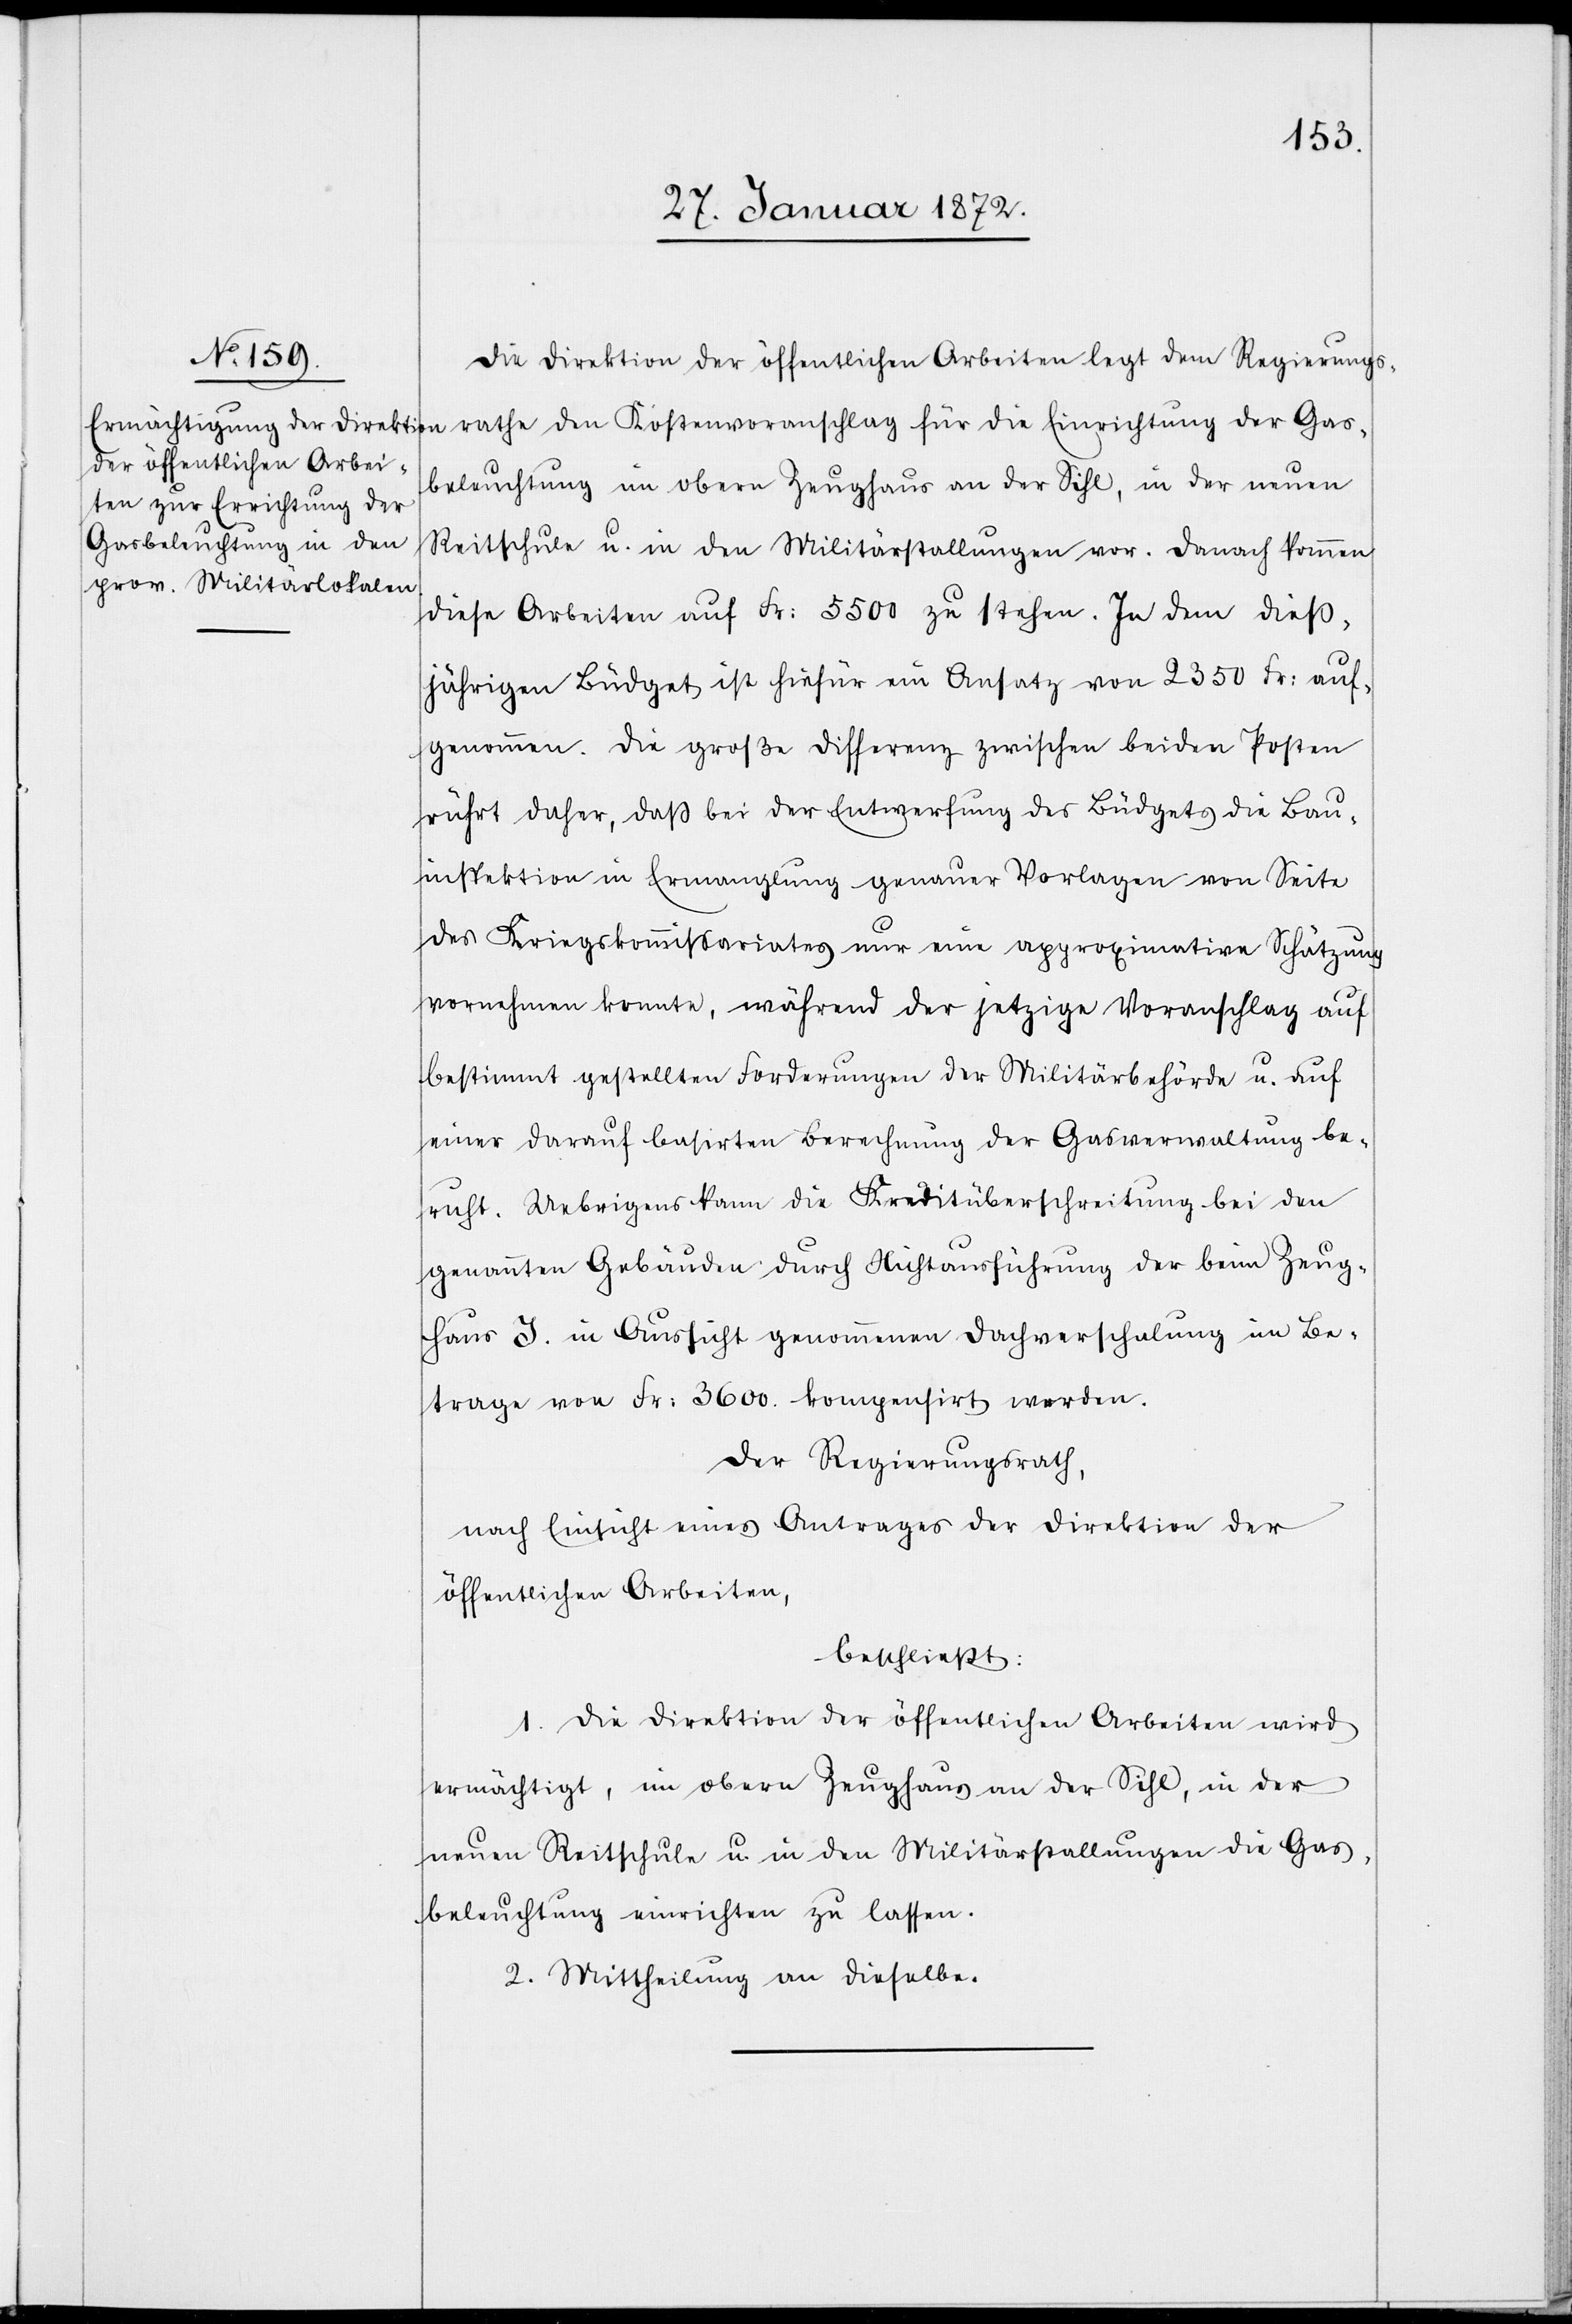
Die Direktion der öffentlichen Arbeiten legt dem Regierungs¬
rathe den Kostenvoranschlag für die Einrichtung der Gas¬
beleuchtung im obern Zeughaus an der Sihl, in der neuen
Reitschule u. in den Militärstallungen vor. Danach kommen
diese Arbeiten auf Fr: 5500 zu stehen. In dem dieß¬
jährigen Büdget ist hiefür ein Ansatz von 2350 Fr: auf¬
genommen. Die große Differenz zwischen beiden Posten
rührt daher, daß bei der Entwerfung des Büdgets die Bau¬
inspektion in Ermanglung genauer Vorlagen von Seite
des Kriegskommissariates nur eine approximative Schätzung
vornehmen konnte, während der jetzige Voranschlag auf
bestimmt gestellten Forderungen der Militärbehörde u. auf
einer darauf basirten Berechnung der Gasverwaltung be¬
ruht. Uebrigens kann die Kreditüberschreitung bei den
genannten Gebäuden durch Nichtausführung der beim Zeug¬
haus J. in Aussicht genommenen Dachverschalung im Be¬
trage von Fr: 3600. kompensirt werden.
Der Regierungsrath,
nach Einsicht eines Antrages der Direktion der
öffentlichen Arbeiten,
beschließt:
1. Die Direktion der öffentlichen Arbeiten wird
ermächtigt, im obern Zeughaus an der Sihl, in der
neuen Reitschule u. in den Militärstallungen die Gas¬
beleuchtung einrichten zu lassen.
2. Mittheilung an dieselbe.